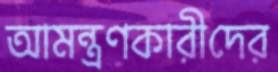
আমন্ত্রণকারীদের